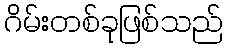
ဂိမ်းတစ်ခုဖြစ်သည်